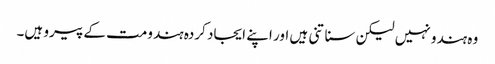
وہ ہندو نہیں لیکن سناتنی ہیں اور اپنے ایجاد کردہ ہندومت کے پیرو ہیں۔